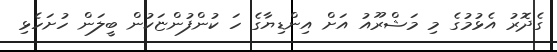
ގެދޮރު އެޅުމުގެ މި މަޝްރޫއު އަށް އިންޑިޔާގެ ހަ ކުންފުންޏަކުން ބީލަން ހުށަހެޅި